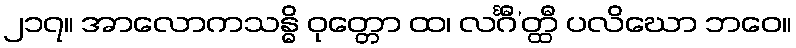
၂၁၇။ အာလောကသန္ဓိ ဝုတ္တော ထ၊ လင်္ဂီ’တ္ထီ ပလိဃော ဘဝေ။